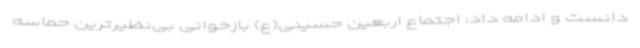
دانست و ادامه داد: اجتماع اربعین حسینی(ع) بازخوانی بی‌نظیرترین حماسه